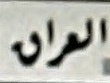
العراق